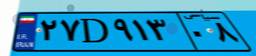
۵۲D۴۳۶۱۴